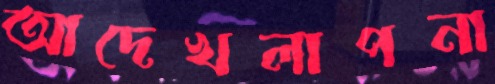
আদেখলাপনা